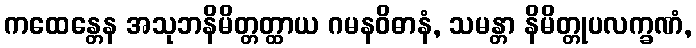
ကထေန္တေန အသုဘနိမိတ္တတ္ထာယ ဂမနဝိဓာနံ, သမန္တာ နိမိတ္တုပလက္ခဏံ,